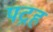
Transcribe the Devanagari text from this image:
पद्रह